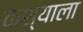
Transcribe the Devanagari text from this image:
कश्याला